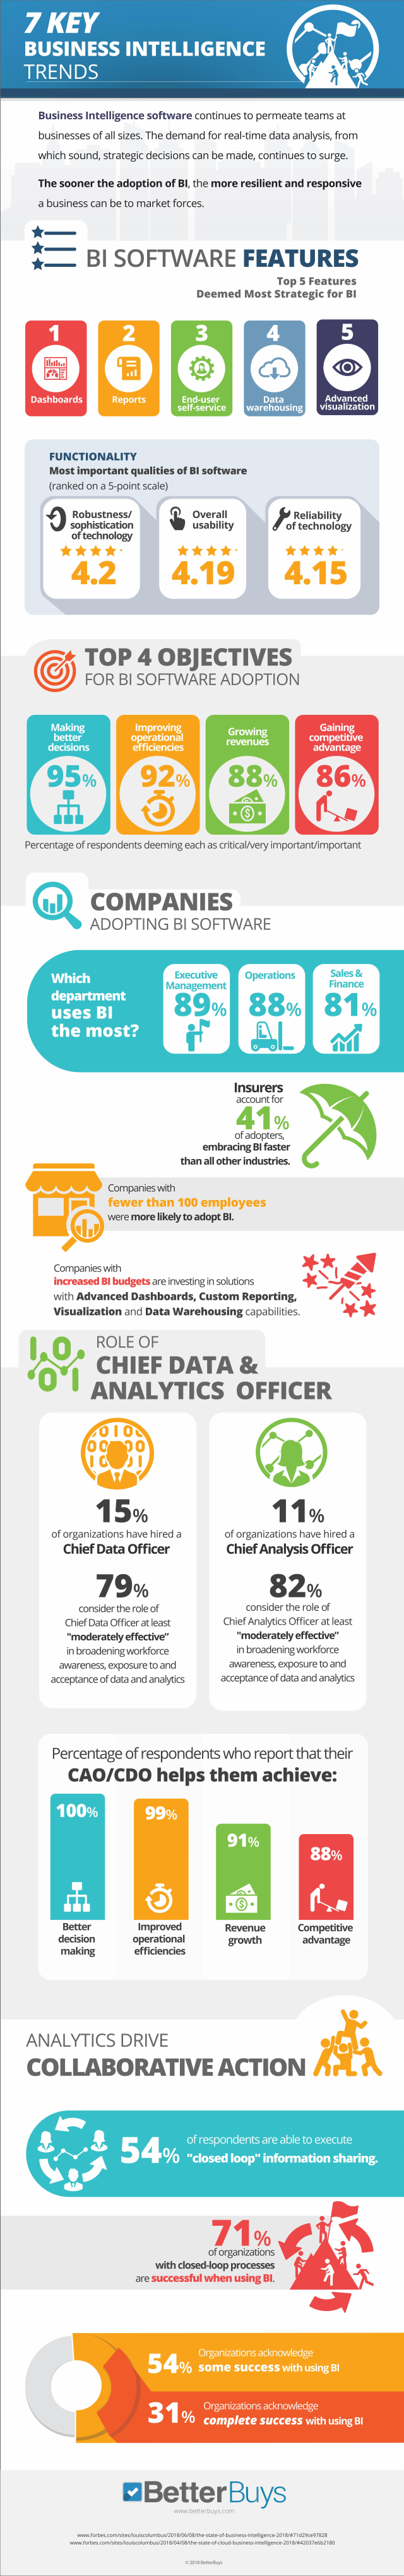
7  KEY
     BUSINESS    INTELLIGENCE
     TRENDS
     Business Intelligence software continues to permeate teams at
     businesses of all sizes. The demand for real-time data analysis, from
     which sound, strategic decisions can be made, continues to surge.
     The sooner the adoption of BI, the more resilient and responsive
     a business can be to market forces.
     BI   SOFTWARE    FEATURES
     Top 5 Features
     Deemed   Most  Strategic  for BI
     2    3    4    5
     Dashboards    Reports    Ing-Lier    Data
     marthausing   THILY ITACon
     FUNCTIONALITY
     Most important qualities of Bi software
     (ranked on a 5-point scale)
     Robustness/    Overall    Rellability
     sophistication
     of technology
     usability    of technology
     ****
     4.2
     **   *  *
     4.19
     ****
     4.15
     TOP    4   OBJECTIVES
     FOR   BI SOFTWARE    ADOPTION
     Making
     better
     Growing    Gaining
     Ocasion5    efficiencies    Wvenues    advantage
     95%    92%    88%    86%
     Parcantage of respondents deeming each as oftical/very importantimportant
     COMPANIES
     ADOPTING    BI  SOFTWARE
     Which
     department
     Management
     Operations
     Finance
     uses    BI
     89%%    88%    81%
     the   most?    H    MI
     Insurers
     account for
     41%
     of adoplirs,
     embracing BI fiber
     than all other industries.
     Companies with
     fewer  than  100  employees
     were more likely to adopt BL
     Companies with
     increased Di budgets are imanting in solutions
     with Advanced Dashboards,   Custom  Reporting.
     Visualization and Data Warehousing   capabilities.
     ROLE    OF
     CHIEF    DATA    &
     ANALYTICS    OFFICER
     15%    11%
     of organizations have hired a    of organizations have hired a
     Chief  Data  Officer    Chief  Analysis  Officer
     79%    82%
     consider the role of    corelder the role of
     Chief Data Officer at least    Chief Analytics Officer at last
     "moderately effective"    "moderately effective"
     In broadening workforce    in broadening workforce
     awrines, exposure to ard
     acceptance of data and analytics acceptance of data and analytics
     Percentage    of respondents    who   report  that  their
     CAO/CDO    helps    them    achieve:
     100%    99%
     91%
     884
     Improved    Revenue    Competitive
     operational
     efficiendes
     growth    advantage
     making
     ANALYTICS    DRIVE
     COLLABORATIVE    ACTION
     of respondents are able to execune
     54%    " dosed  loop" information   sharing.
     71%
     with closed loop processes
     are successful when using BL
     Organizator acknowledge
     54%    some   success   with walny en 549
     31%    Organizations acknowledge
     complete    success  with using BI
     Better    Buys